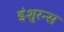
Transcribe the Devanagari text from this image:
इंशुरन्स